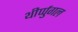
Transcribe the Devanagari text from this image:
थीर्प्पुगल